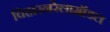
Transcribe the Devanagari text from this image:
विहारनरेलामॉडल